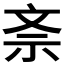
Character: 𭤕